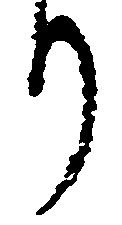
り